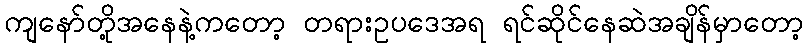
ကျနော်တို့အနေနဲ့ကတော့ တရားဥပဒေအရ ရင်ဆိုင်နေဆဲအချိန်မှာတော့